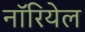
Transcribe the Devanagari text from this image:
नॉरियेल